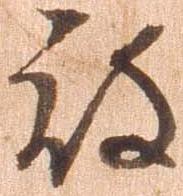
被